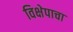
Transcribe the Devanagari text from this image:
विक्षेपाचा